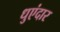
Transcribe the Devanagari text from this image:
धुएंदार